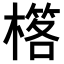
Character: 𣛗